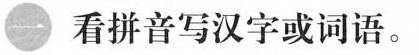
一 看拼音写汉字或词语。